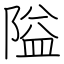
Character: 隘